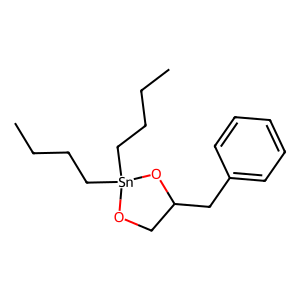
SMILES: CCCC[Sn]1(CCCC)OCC(Cc2ccccc2)O1
Inhibits HIV replication: No